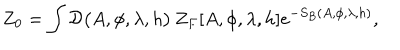
LaTeX: Z _ { 0 } = \int { \cal { D } } \big ( A , \phi , \lambda , h \big ) \, Z _ { F } [ A , \phi , \lambda , h ] e ^ { - S _ { B } ( A , \phi , \lambda , h ) } ,